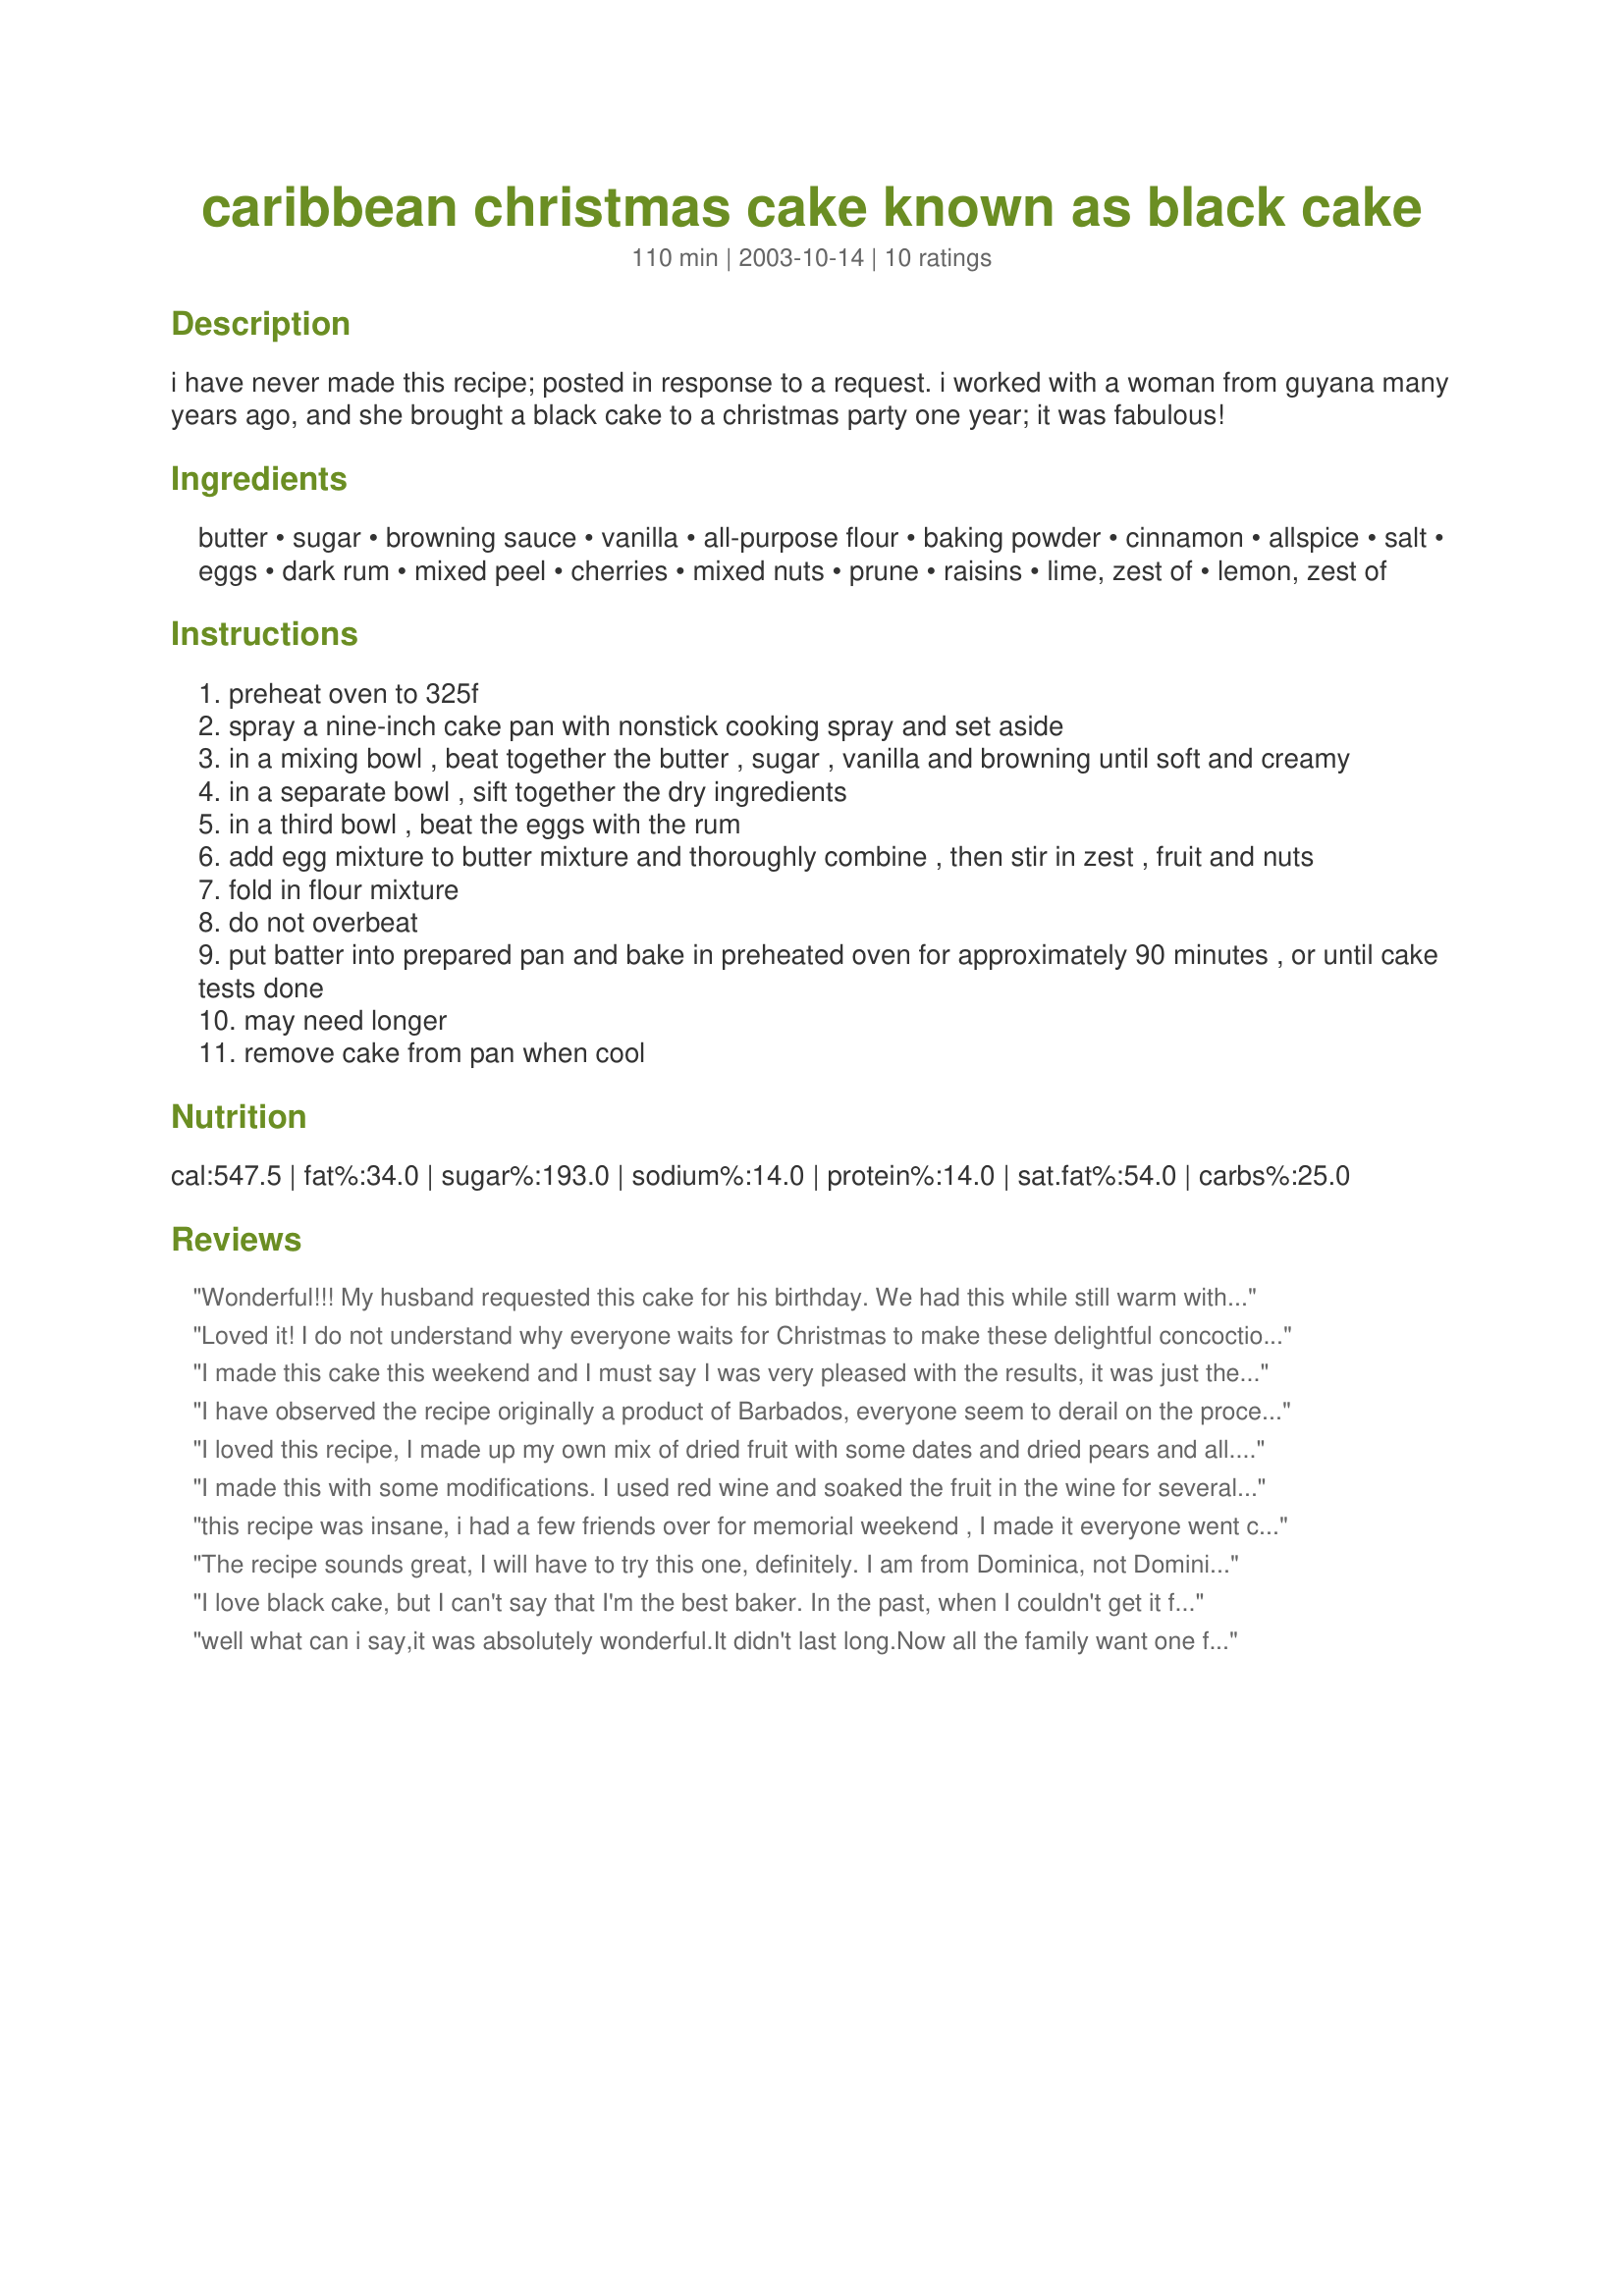
caribbean christmas cake known as black cake
Preparation time: 110 minutes

i have never made this recipe; posted in response to a request. i worked with a woman from guyana many years ago, and she brought a black cake to a christmas party one year; it was fabulous!

Ingredients:
butter, sugar, browning sauce, vanilla, all-purpose flour, baking powder, cinnamon, allspice, salt, eggs, dark rum, mixed peel, cherries, mixed nuts, prune, raisins, lime, zest of, lemon, zest of

Steps:
preheat oven to 325f
spray a nine-inch cake pan with nonstick cooking spray and set aside
in a mixing bowl , beat together the butter , sugar , vanilla and browning until soft and creamy
in a separate bowl , sift together the dry ingredients
in a third bowl , beat the eggs with the rum
add egg mixture to butter mixture and thoroughly combine , then stir in zest , fruit and nuts
fold in flour mixture
do not overbeat
put batter into prepared pan and bake in preheated oven for approximately 90 minutes , or until cake tests done
may need longer
remove cake from pan when cool

Reviews:
Wonderful!!! My husband requested this cake for his birthday. We had this while still warm with pouring custard. We will be making this one for Christmas....Just a fantastic flavour & enjoyed by all. Thanks for sharing Lennie!!
Loved it! I do not understand why everyone waits for Christmas to make these delightful concoctions, I do them year round, though sometime I cheat and have them in form of steamed pudding (very similar). Didn't have any browning sauce so I used a TBSP of chicory coffee instead. Super recipe.
I made this cake this weekend and I must say I was very pleased with the results, it was just the right consistancy, very tasty and enjoyed by all, many thanks
I have observed the recipe originally a product of Barbados, everyone seem to derail on the procedures and recipe of making this cake. How ever the flavor will alway be maintain due to the combination of (fruit and rum!!!) My mother taught me how to make this cake when I was 12... &quot;No nuts required&quot; this is not an American fruit cake. Smooth and mellow! Flavor with Mount Gay rum, Very rich Port wine, and a very fruity white wine... combination is awesome! Not hating but the authentic recipe is mind blowing.
I loved this recipe, I made up my own mix of dried fruit with some dates and dried pears and all. I soaked the fruit for several weeks in the fridge beforehand - if anyone else does this you really don't need any extra rum when it comes to making the cake! Made a rich flavourful cake thank you.
I made this with some modifications. I used red wine and soaked the fruit in the wine for several hours before baking.

Really rewarding and I plan to serve it at thanksgiving as an alternate dessert.
this recipe was insane, i had a few friends over for memorial weekend , I made it everyone went crazy. I like it especialy when hot this a must try recipe
The recipe sounds great, I will have to try this one, definitely. I am from Dominica, not Dominican Republic, and my mom makes this for me every year. It lasts all year long, i just ate a piece yesterday. she uses about 5 sticks of butter, 1 bottle of red wine soaks the fruits in the wine for weeks she tops it with a sugar icing when it is baked.
I love black cake, but I can't say that I'm the best baker. In the past, when I couldn't get it from family during Christmas, I would even order it online from websites like Aunt Eulie's. But I tried your recipe and I was so excited that it came out good. I am practicing so that I can feel confident to share my black cake with others.
well what can i say,it was absolutely wonderful.It didn't last long.Now all the family want one for christmas.Thankyou so much.I guess i will be baking to christmas eve ha ha,I would change nothing about the recipe,i found it just perfect.
